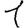
Digit: 1